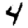
Digit: 4